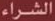
الشراء